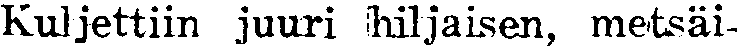
Kuljettiin juuri hiljaisen, metsäi-